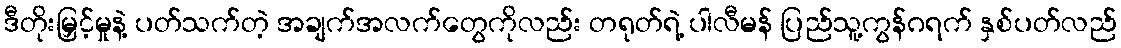
ဒီတိုးမြှင့်မှုနဲ့ ပတ်သက်တဲ့ အချက်အလက်တွေကိုလည်း တရုတ်ရဲ့ ပါလီမန် ပြည်သူ့ကွန်ဂရက် နှစ်ပတ်လည်